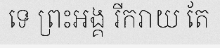
ទេ ព្រះអង្គ រីករាយ តែ